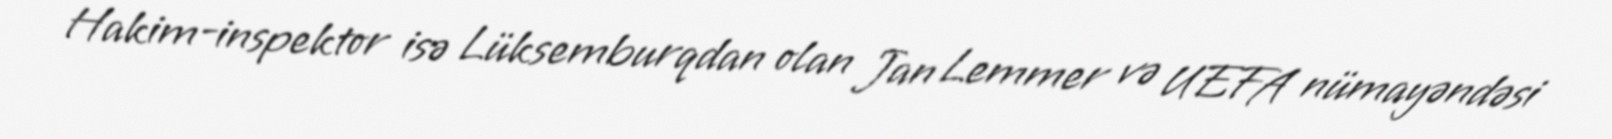
Hakim-inspektor isə Lüksemburqdan olan Jan Lemmer və UEFA nümayəndəsi